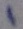
Text: 1